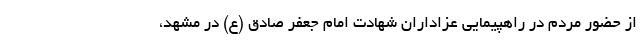
از حضور مردم در راهپیمایی عزاداران شهادت امام جعفر صادق (ع) در مشهد،